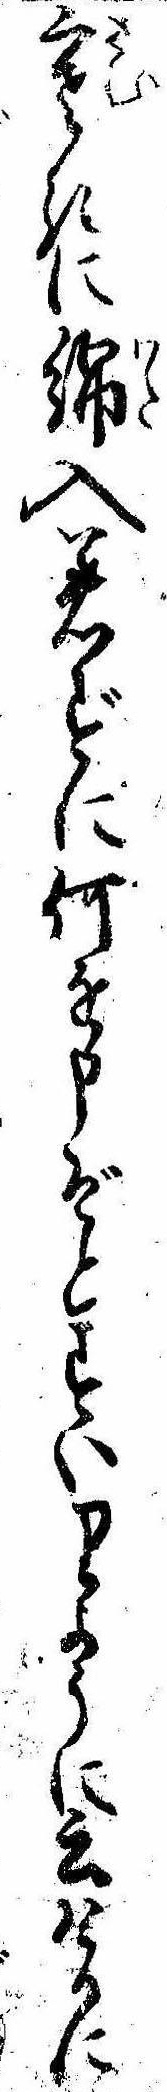
寒きに綿入着ずに何を申ぞとすいりように云けるに